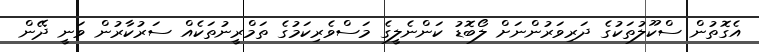
އެގޮތުން ސްކޫލުތަކުގެ ދަރިވަރުންނަށް ލޯބޮޑު ކަންނެލީގެ މަސްވެރިކަމުގެ ތަމްރީނުތަކެއް ސަރުކާރުން ވަނީ ދޭން